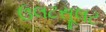
ઉલટસૂલટ